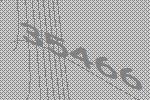
35466